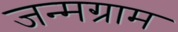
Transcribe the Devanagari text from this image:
जन्मग्राम